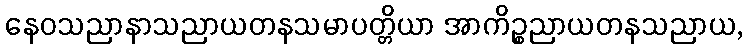
နေဝသညာနာသညာယတနသမာပတ္တိယာ အာကိဉ္စညာယတနသညာယ,